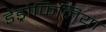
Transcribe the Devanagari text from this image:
डेंड्रोफिलिया